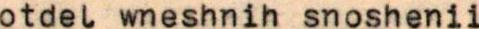
otdel wneshnih snoshenii